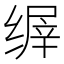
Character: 𬘽